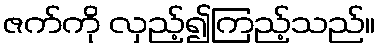
ဇက်ကို လှည့်၍ကြည့်သည်။